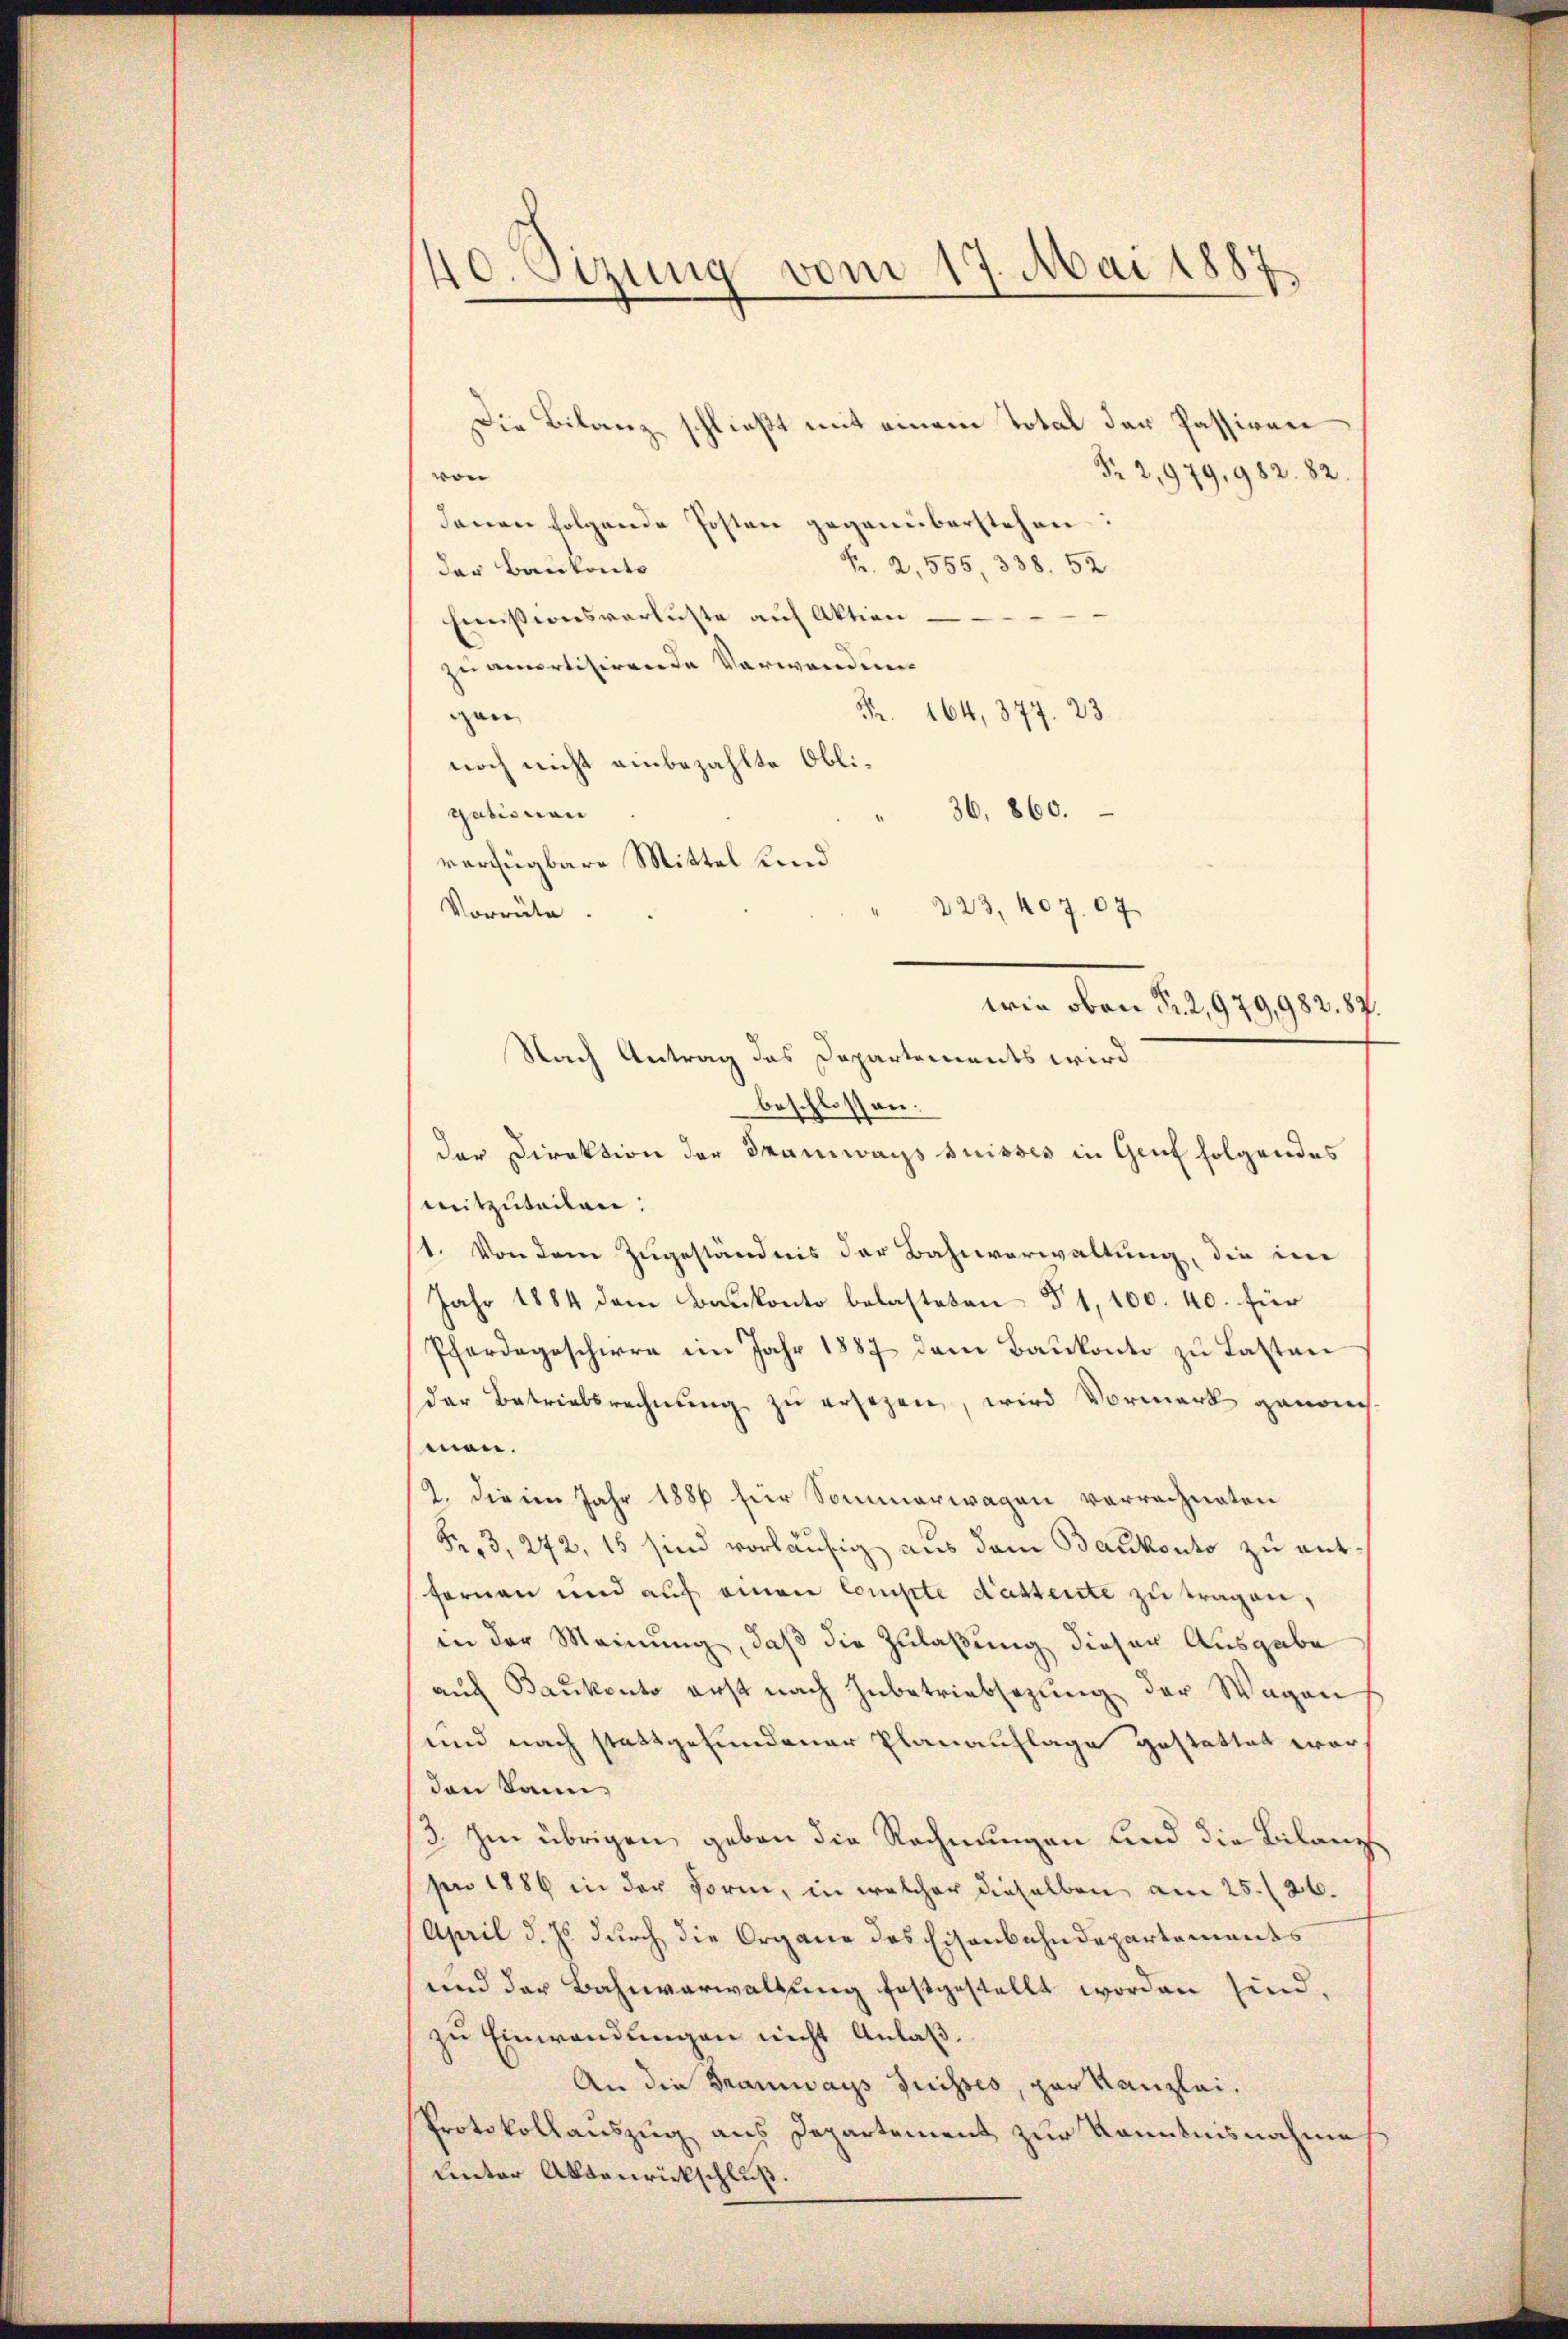
410. Sizung vom 17. Mai 1887.

Die Bilanz schließt mit einem Total der Passiven
 2,979, 982. 82.
von
denen folgende Posten gegenüberstehen:
Fr. 2, 555, 338. 52
des Baukonto
Eimissionsverluste auf Aktion
zu amortisirende Verwanden
Nr. 164, 377. 23.
gen
noch nicht einbezahlte Obli¬
36, 860.
gationen
verfügbare Mittel sind
223, 407. 67
Vorräte
Nach Antrag das Departements wird
beschlossen:
der Direktion der Tramways Suisses in Genf folgendes
mitzuteilen:
1. Von dem Zugeständnis der Bahnverwaltung, die im
Jahr 1884 dem Baŭkonto belasteten § 1, 100. 40. für
Pferdegeschirre im Jahr 1887 dem Baŭkonto zu Lasten
der Betriebsrechnung zu ersezen, wird Vormerk genom
man.
2. die im Jahr 1886 für Sommerwagen verrechneten
Fr. 3, 242, 15 sind vorläufig aus dem Baukonto zu ant
fernen und auf einen Compte dastente zu tragen,
in der Meinung, daß die Zulaßung dieser Ausgabe
auf Baukonto erst nach Hubetriebsezung der Wagen
und nach stattgefundener Planauflage gestattet wordan kann,
3. Im übrigen geben die Rechnungen und die Bilanze
sen 1886 in der Form, in welcher dieselben am 25. 26.
(April d. Js. durch die Organe des Eisenbahndepartements
und der Bahnverwaltung festgestellt worden sind.
zu Einwendungen nicht Anlaß.
An die Tramways Suisses, par Kanzlei¬
Protokollauszug aus Departement zur Kenntnisnahme
Lnter Aktenrickschluß.

wie oben Fr. 2,979,982. 87.